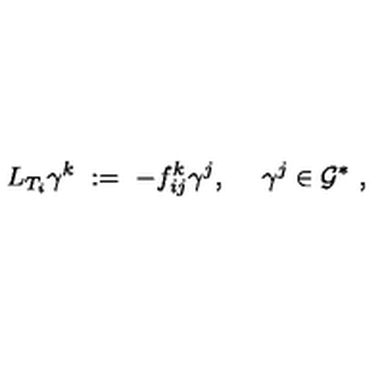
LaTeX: L _ { T _ { i } } \gamma ^ { k } \ : = \ - f _ { i j } ^ { k } \gamma ^ { j } , \ \quad \gamma ^ { j } \in { \mathcal G } ^ { * } \ ,